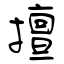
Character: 擅